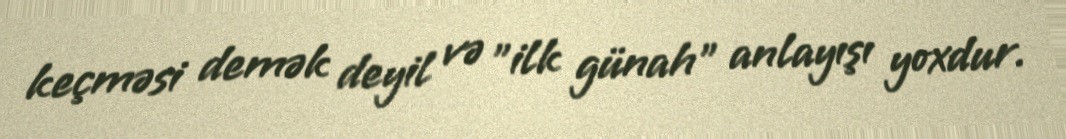
keçməsi demək deyil və "ilk günah" anlayışı yoxdur.